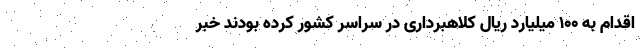
اقدام به ۱۰۰ میلیارد ریال کلاهبرداری در سراسر کشور کرده بودند خبر